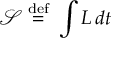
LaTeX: { \mathcal { S } } \ { \stackrel { \mathrm { d e f } } { = } } \ \int L \, d t